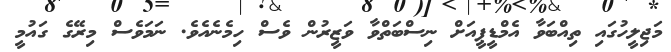
މަޖިލީހުގައި ތިއްބަވާ އެމްޑީޕީއަށް ނިސްބަތްވާ ވަޒީރުން ވެސް ހިމެނެއެވެ. ނަމަވެސް މިރޭގެ ގައުމީ